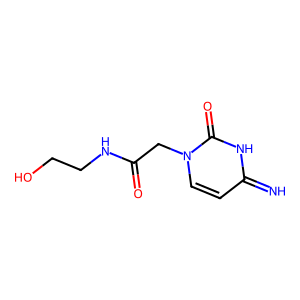
SMILES: N=c1ccn(CC(=O)NCCO)c(=O)[nH]1
Inhibits HIV replication: No